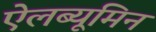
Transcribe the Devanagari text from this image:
ऐलब्यूमिन